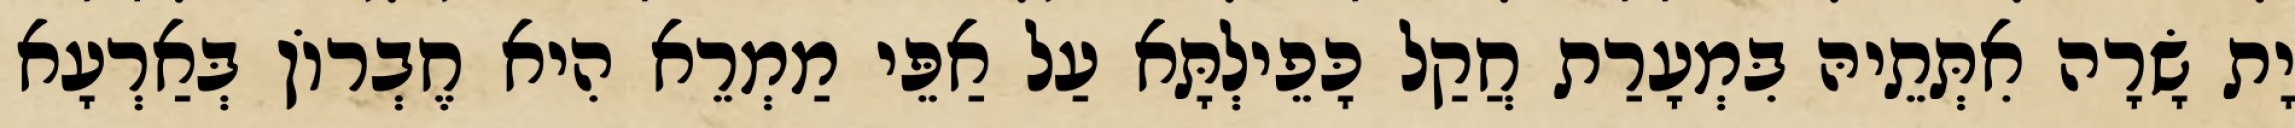
יָת שָׂרָה אִתְּתֵיהּ בִּמְעָרַת חֲקַל כָּפֵילְתָּא עַל אַפֵּי מַמְרֵא הִיא חֶבְרוֹן בְּאַרְעָא